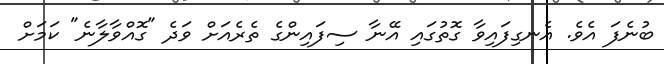
ބުނެފަ އެވެ. އެނގިފައިވާ ގޮތުގައި އޭނާ ސިފައިންގެ ތެރެއަށް ވަދެ "ގޮއްވާލާނެ" ކަމަށް